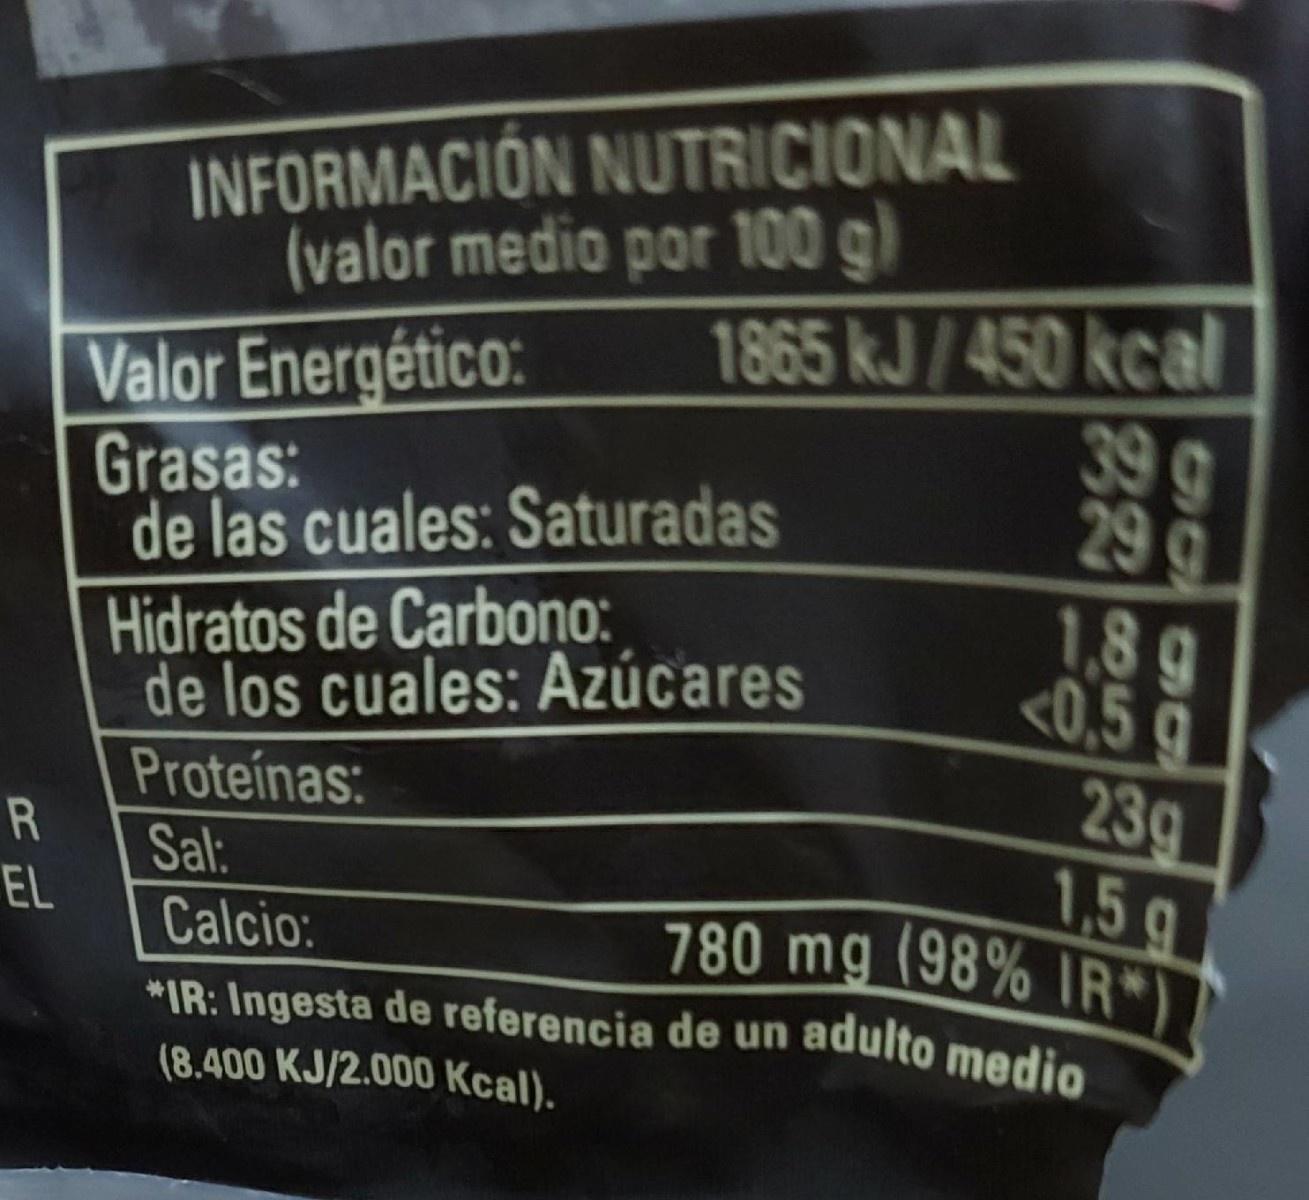
INFORMACIÓN NUTRICIONAL (valor medio por 100 g)
1865 kJ/450 kcal 39g 29g 1,89 <0,5 g 239 1,5 g 780 mg (98% IR*) *IR: Ingesta de referencia de un adulto medio
Valor Energético: Grasas: de las cuales: Saturadas
Hidratos de Carbono: de los cuales: Azúcares
Proteínas: Sal: Calcio:
EL
(8.400 KJ/2.000 Kcal).
1668